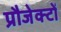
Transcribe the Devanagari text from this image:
प्रौजेक्टों